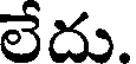
లేదు.